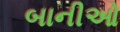
બાનીઓ